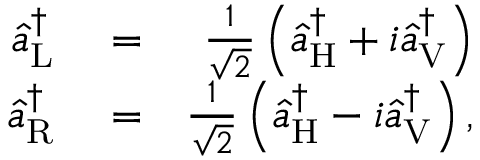
\begin{array} { r l r } { \hat { a } _ { \mathrm { L } } ^ { \dagger } } & { { } = } & { \frac { 1 } { \sqrt { 2 } } \left( \hat { a } _ { \mathrm { H } } ^ { \dagger } + i \hat { a } _ { \mathrm { V } } ^ { \dagger } \right) } \\ { \hat { a } _ { \mathrm { R } } ^ { \dagger } } & { { } = } & { \frac { 1 } { \sqrt { 2 } } \left( \hat { a } _ { \mathrm { H } } ^ { \dagger } - i \hat { a } _ { \mathrm { V } } ^ { \dagger } \right) , } \end{array}